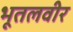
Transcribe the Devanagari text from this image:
भूतलवीर